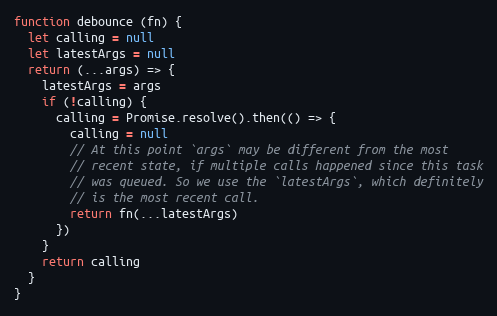
Language: JavaScript
function debounce (fn) {
  let calling = null
  let latestArgs = null
  return (...args) => {
    latestArgs = args
    if (!calling) {
      calling = Promise.resolve().then(() => {
        calling = null
        // At this point `args` may be different from the most
        // recent state, if multiple calls happened since this task
        // was queued. So we use the `latestArgs`, which definitely
        // is the most recent call.
        return fn(...latestArgs)
      })
    }
    return calling
  }
}